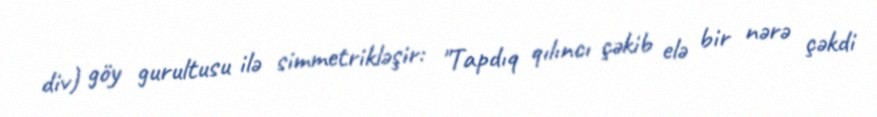
div) göy gurultusu ilə simmetrikləşir: "Tapdıq qılıncı çəkib elə bir nərə çəkdi